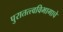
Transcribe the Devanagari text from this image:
पुरातत्त्वविभागाचे